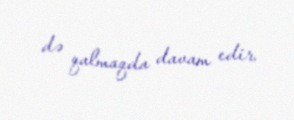
də qalmaqda davam edir.